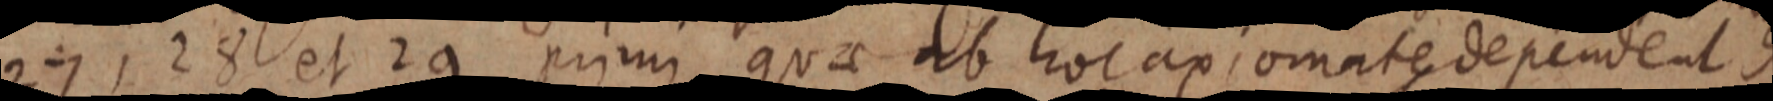
27, 28 et 29 primi quae ab hoc axiomate dependent